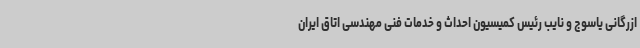
ازرگانی یاسوج و نایب رئیس کمیسیون احداث و خدمات فنی مهندسی اتاق ایران